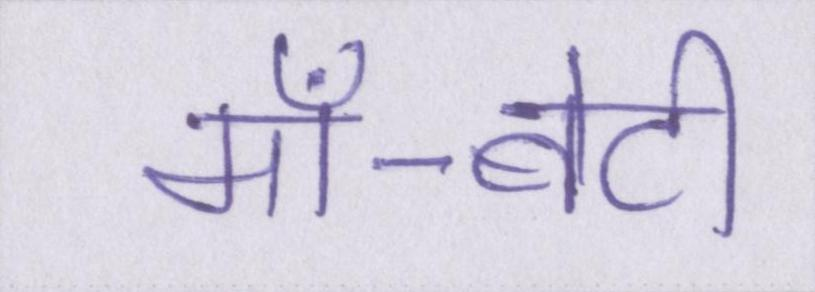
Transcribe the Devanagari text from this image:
माँ-बेटी